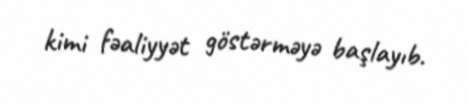
kimi fəaliyyət göstərməyə başlayıb.